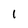
Character: 1